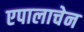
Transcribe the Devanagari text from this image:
एपालाचेन